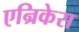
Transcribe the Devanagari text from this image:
एन्रिकेस